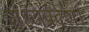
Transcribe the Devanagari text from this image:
मध्‍यप्रदेश।